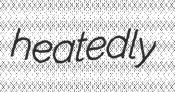
heatedly